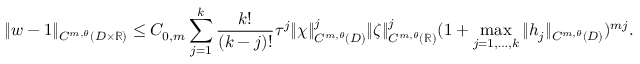
\Vert w - 1 \Vert _ { C ^ { m , \theta } ( D \times \mathbb { R } ) } \leq C _ { 0 , m } \sum _ { j = 1 } ^ { k } \frac { k ! } { ( k - j ) ! } \tau ^ { j } \Vert \chi \Vert _ { C ^ { m , \theta } ( D ) } ^ { j } \Vert \zeta \Vert _ { C ^ { m , \theta } ( \mathbb { R } ) } ^ { j } ( 1 + \operatorname* { m a x } _ { j = 1 , \ldots , k } \Vert h _ { j } \Vert _ { C ^ { m , \theta } ( D ) } ) ^ { m j } .